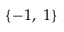
\{ - 1 , \ 1 \}